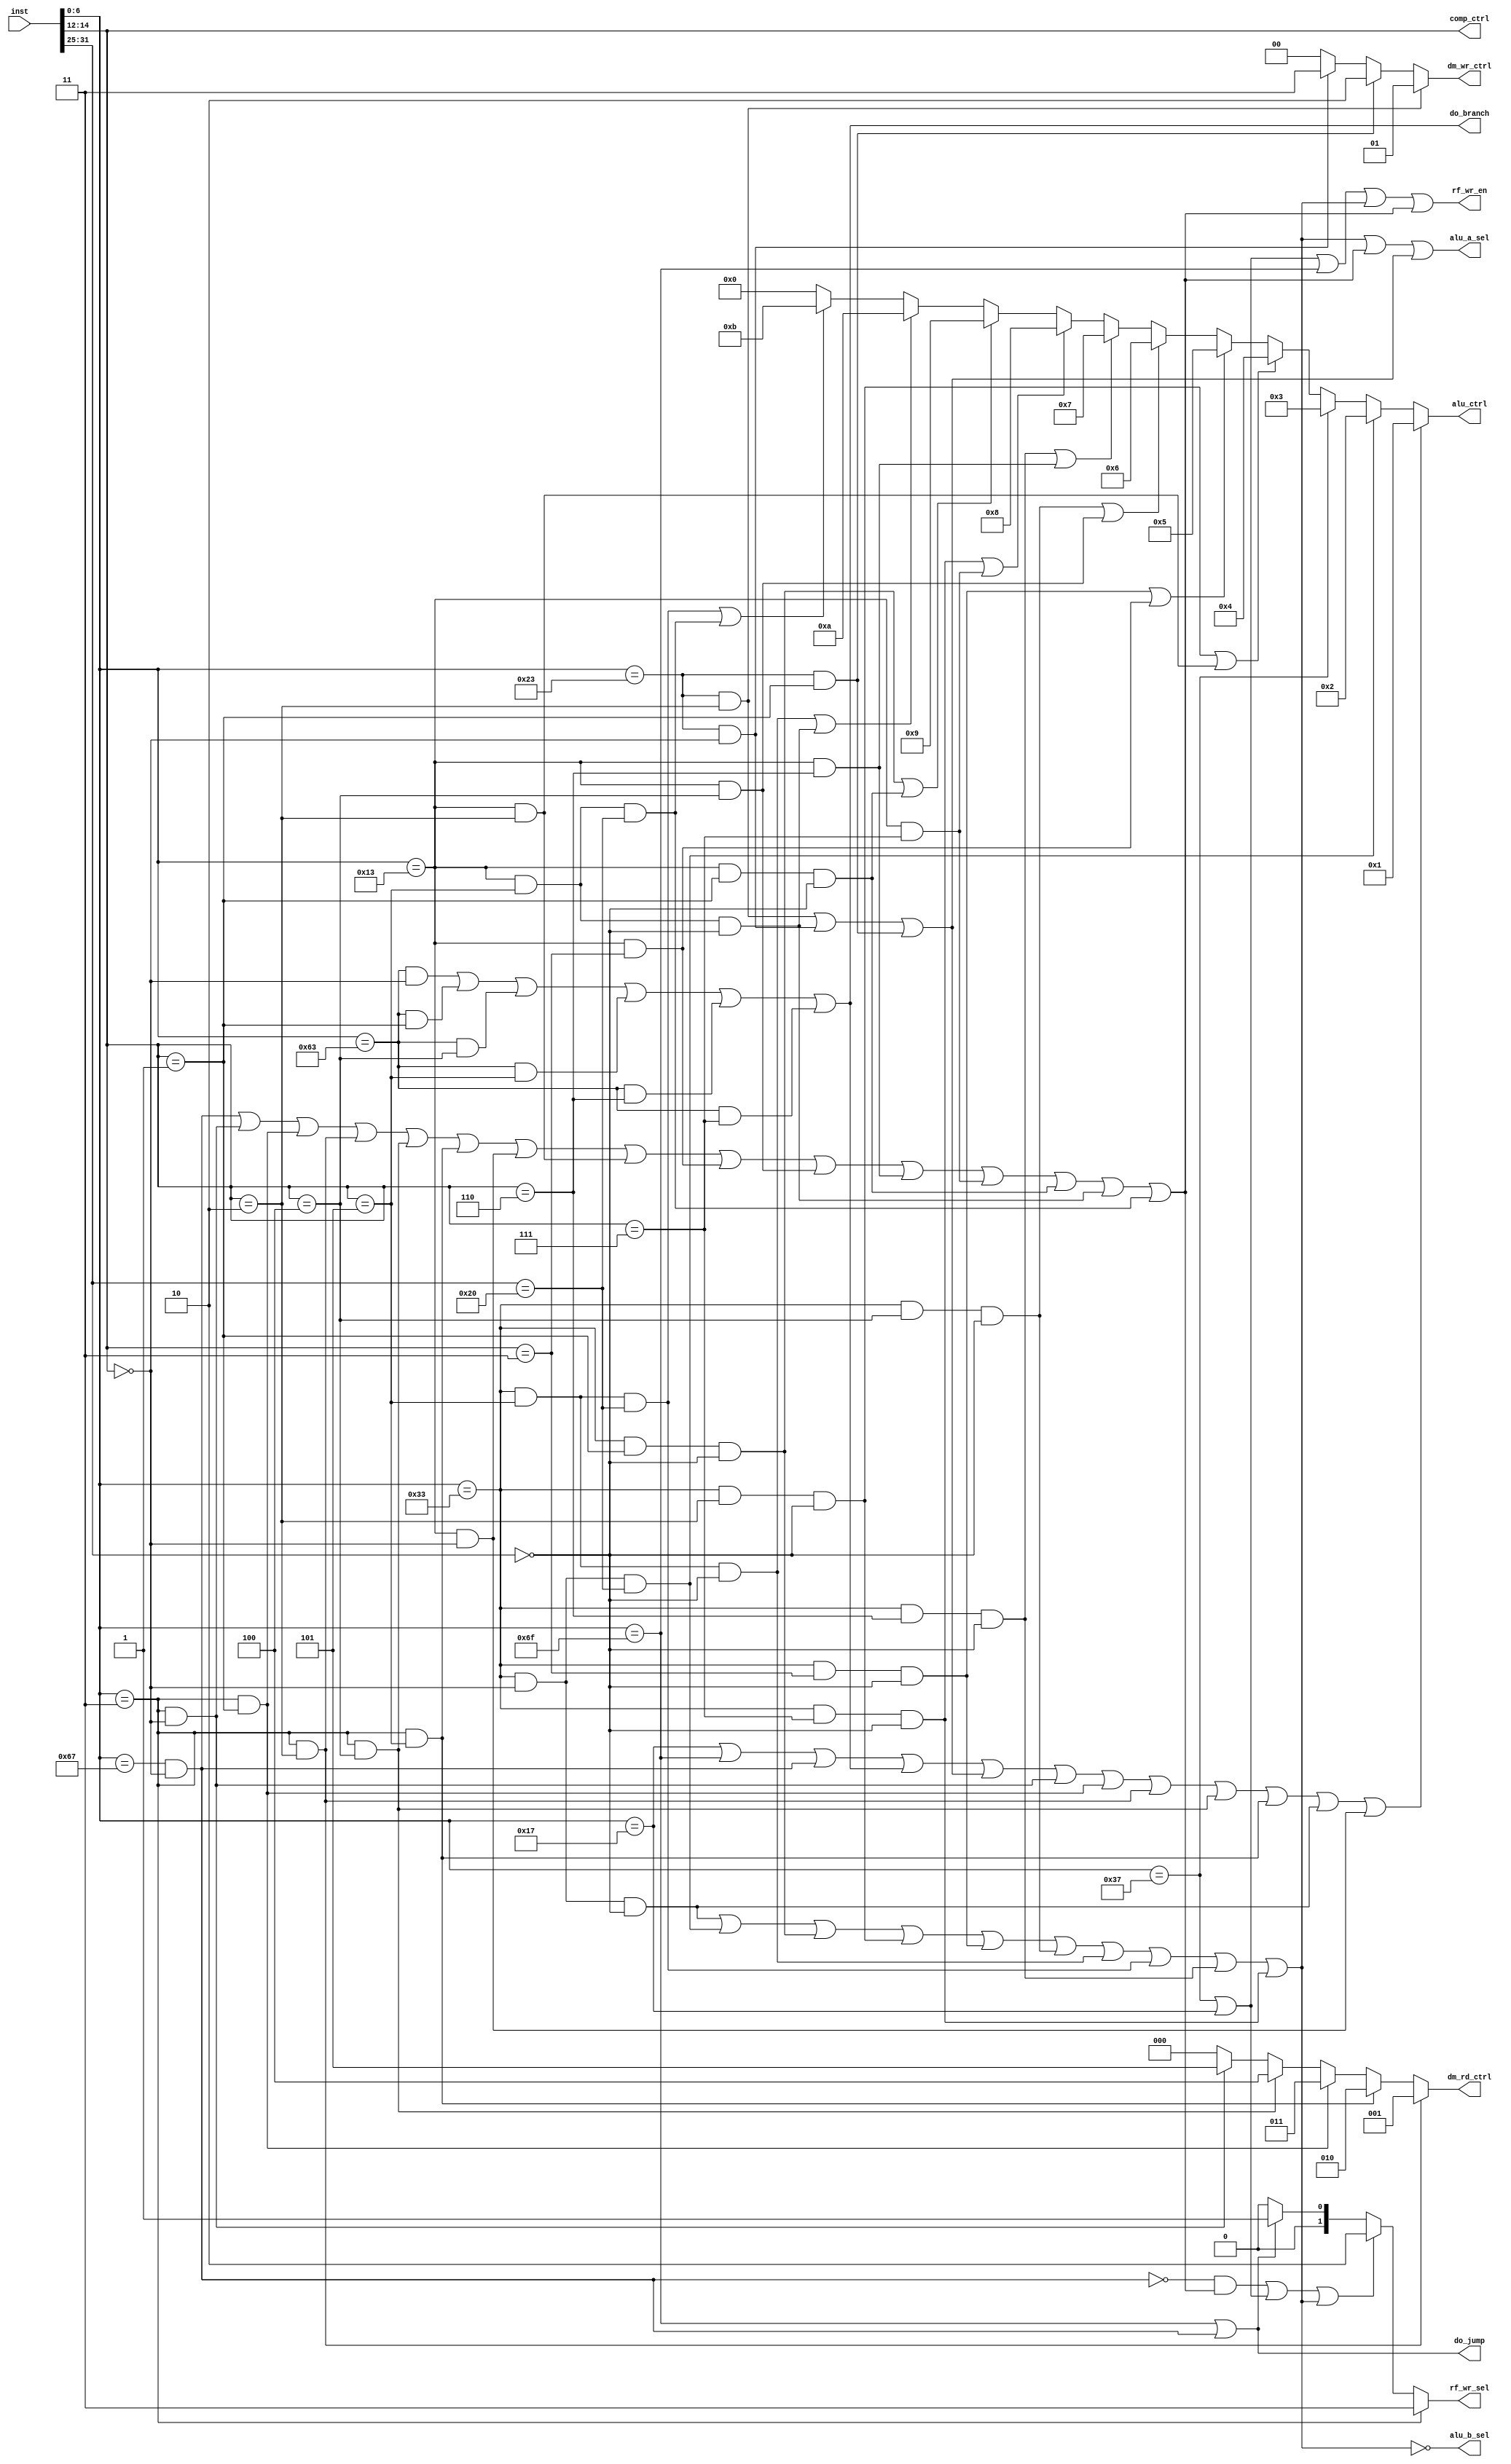
module controller(
    input [31:0] inst,
    output rf_wr_en, alu_a_sel, alu_b_sel,
    output reg [3:0] alu_ctrl,
    output reg [2:0] dm_rd_ctrl,
    output reg [1:0] dm_wr_ctrl,
    output reg [1:0] rf_wr_sel,
    output [2:0] comp_ctrl,
    output do_branch, do_jump
);

wire [6:0] opcode;
wire [2:0] funct3;
wire [6:0] funct7;

wire is_add;
wire is_addi;
wire is_lw;
wire is_sw;
wire is_beq;
wire is_jal;

//supplementary
wire is_lui;    //Load Upper Immediate x[rd] = sext(imm[31:12] << 12)
wire is_auipc;  //Add Upper Immediate to PC x[rd] = pc + sext(imm[31:12] << 12)
wire is_jalr;   //Jump and Link Register t = pc + 4; pc = (x[rs1] + sext(offset))&~1; x[rd] = t;
wire is_bne;    
wire is_blt;
wire is_bge;
wire is_bltu;
wire is_bgeu;
wire is_lb; //load byte
wire is_lh; //load halfword
wire is_lbu; //load byte, unsigned
wire is_lhu; //load halfword, unsinged
wire is_sb; //store byte
wire is_sh; //store halfword
wire is_slti;   //Set if Less Than Immediate
wire is_sltiu;
wire is_xori;
wire is_ori;
wire is_andi;
wire is_slli;
wire is_srli;
wire is_srai;
wire is_sub;
wire is_sll;
wire is_slt;
wire is_sltu;
wire is_xor;
wire is_srl;
wire is_sra;
wire is_or;
wire is_and;

wire is_add_type;
wire is_u_type;
wire is_jump_type;
wire is_b_type;
wire is_r_type;
wire is_i_type;
wire is_s_type;

assign opcode = inst[6:0];
assign funct3 = inst[14:12];
assign funct7 = inst[31:25];

assign is_add = (opcode == 7'h33) && (funct3 == 3'h0) && (funct7 == 7'h0);
assign is_addi = (opcode == 7'h13) && (funct3 == 3'h0);
assign is_sub = (opcode == 7'h33) && (funct3 == 3'h0) && (funct7 == 7'h20);

assign is_lw = (opcode == 7'h03) && (funct3 == 3'h2);
assign is_sw = (opcode == 7'h23) && (funct3 == 3'h2);
assign is_beq = (opcode == 7'h63) && (funct3 == 3'h0);
assign is_blt = (opcode == 7'h63) && (funct3 == 3'h4);
assign is_jal = (opcode == 7'h6f);

//supplementary
assign is_lui = (opcode == 7'h37);
assign is_auipc = (opcode == 7'h17);
assign is_jalr = (opcode == 7'h67) && (funct3 == 3'h0);
assign is_bne = (opcode == 7'h63) && (funct3 == 3'h1);
assign is_blt = (opcode == 7'h63) && (funct3 == 3'h4);
assign is_bge = (opcode == 7'h63) && (funct3 == 3'h5);
assign is_bltu = (opcode == 7'h63) && (funct3 == 3'h6);
assign is_bgeu = (opcode == 7'h63) && (funct3 == 3'h7);
assign is_lb = (opcode == 7'h03) && (funct3 == 3'h0);
assign is_lh = (opcode == 7'h03) && (funct3 == 3'h1);
assign is_lbu = (opcode == 7'h03) && (funct3 == 3'h4);
assign is_lhu = (opcode == 7'h03) && (funct3 == 3'h5);
assign is_sb = (opcode == 7'h23) && (funct3 == 3'h0);
assign is_sh = (opcode == 7'h23) && (funct3 == 3'h1);
assign is_slti = (opcode == 7'h13) && (funct3 == 3'h2);
assign is_sltiu = (opcode == 7'h13) && (funct3 == 3'h3);
assign is_xori = (opcode == 7'h13) && (funct3 == 3'h4);
assign is_ori = (opcode == 7'h13) && (funct3 == 3'h6);
assign is_andi = (opcode == 7'h13) && (funct3 == 3'h7);
assign is_slli = (opcode == 7'h13) && (funct3 == 3'h1) && (funct7 == 7'h00);
assign is_srli = (opcode == 7'h13) && (funct3 == 3'h5) && (funct7 == 7'h00);
assign is_srai = (opcode == 7'h13) && (funct3 == 3'h5) && (funct7 == 7'h20);
assign is_sll = (opcode == 7'h33) && (funct3 == 3'h1) && (funct7 == 7'h00);
assign is_slt = (opcode == 7'h33) && (funct3 == 3'h2) && (funct7 == 7'h00);
assign is_sltu = (opcode == 7'h33) && (funct3 == 3'h3) && (funct7 == 7'h00);
assign is_xor = (opcode == 7'h33) && (funct3 == 3'h4) && (funct7 == 7'h00);
assign is_srl = (opcode == 7'h33) && (funct3 == 3'h5) && (funct7 == 7'h00);
assign is_sra = (opcode == 7'h33) && (funct3 == 3'h5) && (funct7 == 7'h20);
assign is_or = (opcode == 7'h33) && (funct3 == 3'h6) && (funct7 == 7'h00);
assign is_and = (opcode == 7'h33) && (funct3 == 3'h7) && (funct7 == 7'h00);


assign is_add_type = is_auipc | is_jal | is_jalr | is_b_type | is_s_type | is_lb | is_lh | is_lw | is_lbu | is_lhu | is_add | is_addi;
assign is_u_type = is_lui | is_auipc;
assign is_jump_type = is_jal;
assign is_b_type = is_beq | is_bne | is_blt | is_bge | is_bltu | is_bgeu;
assign is_r_type = is_add | is_sub | is_sll | is_slt | is_sltu | is_xor | is_srl | is_sra | is_or | is_and;
assign is_i_type = is_jalr | is_lb | is_lh | is_lw | is_lbu | is_lhu | is_addi | is_slti | is_sltiu | is_xori | is_ori | is_andi | is_slli | is_srli | is_srai;
assign is_s_type = is_sw | is_sb | is_sh;

always@(*) begin
    if(is_add_type) alu_ctrl = 4'h1;
    else if(is_sub) alu_ctrl = 4'h2;
    else if(is_lui) alu_ctrl = 4'h3;
    else if(is_slt | is_slti) alu_ctrl = 4'h4;
    else if(is_sltu | is_sltiu) alu_ctrl = 4'h5;
    else if(is_xor | is_xori) alu_ctrl = 4'h6;
    else if(is_or | is_ori) alu_ctrl = 4'h7;
    else if(is_and | is_andi) alu_ctrl = 4'h8;
    else if(is_sll | is_slli) alu_ctrl = 4'h9;
    else if(is_srl | is_srli) alu_ctrl = 4'ha;
    else if(is_sra | is_srai) alu_ctrl = 4'hb;
    else    alu_ctrl = 4'h0;
end

assign rf_wr_en = is_u_type | is_jump_type | is_r_type | is_i_type;
assign alu_a_sel = is_r_type | is_i_type | is_s_type;
assign alu_b_sel = ~ is_r_type;

always@(*) begin
    if(is_lw) dm_rd_ctrl = 3'b1;
    else if(is_lhu) dm_rd_ctrl = 3'h2;
    else if(is_lh) dm_rd_ctrl = 3'h3;
    else if(is_lbu) dm_rd_ctrl = 3'h4;
    else if(is_lb) dm_rd_ctrl = 3'h5;
    else dm_rd_ctrl = 3'b0;
end

always@(*) begin
    if(is_sw) dm_wr_ctrl = 2'b1;
    else if(is_sh) dm_wr_ctrl = 2'h2;
    else if(is_sb) dm_wr_ctrl = 2'h3;
    else dm_wr_ctrl = 2'b0;
end

always@(*) begin
    if(opcode == 7'h3) rf_wr_sel = 2'h3;
    else if(((~ is_jalr) & is_i_type) | is_u_type | is_r_type) rf_wr_sel = 2'h2;
    else if(is_jal | is_jalr) rf_wr_sel = 2'h1;
    else rf_wr_sel = 2'h0;
end

assign comp_ctrl = funct3;
assign do_branch = is_b_type;
assign do_jump = is_jal | is_jalr;

endmodule